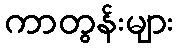
ကာတွန်းများ